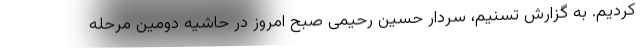
کردیم. به گزارش تسنیم، سردار حسین رحیمی صبح امروز در حاشیه دومین مرحله